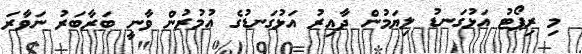
މި ރިޕޯޓު އަޅުގަނޑު ލިޔަމުން ދާއިރު އަޅުގަނޑުގެ ޢުމުރުން ވާނީ ބަރާބަރު ނަވާރަ